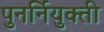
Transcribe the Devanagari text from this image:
पुनर्नियुक्ती